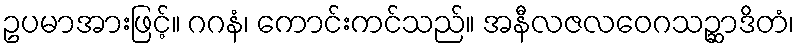
ဥပမာအားဖြင့်။ ဂဂနံ၊ ကောင်းကင်သည်။ အနီလဇလဝေဂသဉ္ဆာဒိတံ၊